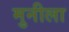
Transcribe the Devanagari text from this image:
मुनीला